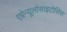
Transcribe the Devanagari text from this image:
एग्रेन्यूलोसाइटोसिस